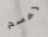
لمسح